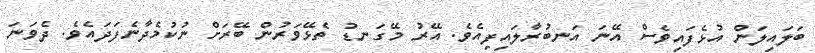
ބަލައިލަން އުޅެފައިވެސް އޭނަ އަނބުރާލައިފިއެވެ. އޭރު މޭގަނޑު ތެޅޭވަރުން ބޭރަށް ނުކުމެދާނެފަދައެވެ. ދެވަނަ